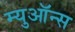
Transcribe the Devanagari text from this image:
म्युऑन्स